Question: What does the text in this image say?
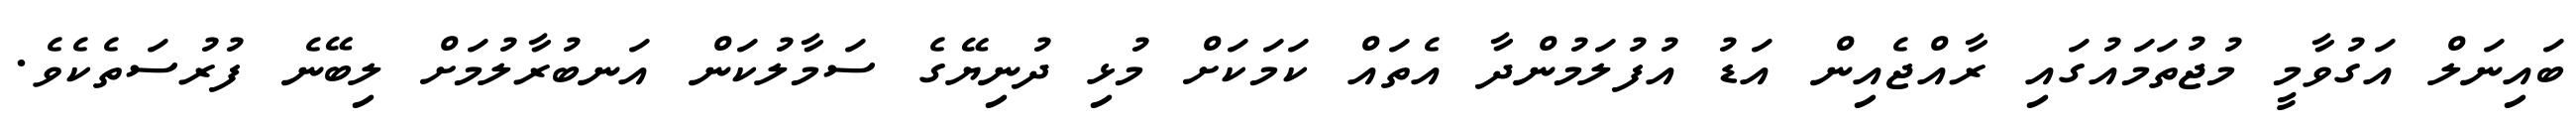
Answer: ބައިނަލް އަގުވާމީ މުޖުތަމައުގައި ރާއްޖެއިން އަޑު އުފުލަމުންދާ އެތައް ކަމަކަށް މުޅި ދުނިޔޭގެ ސަމާލުކަން އަނބުރާލުމަށް ލިބޭނެ ފުރުސަތެކެވެ.